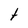
Character: t